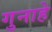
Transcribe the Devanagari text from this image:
गुनाहे